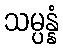
သမ္ပန္နံ